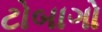
ટોબાગો